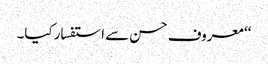
‘‘ معروف حسن سے استفسار کیا۔